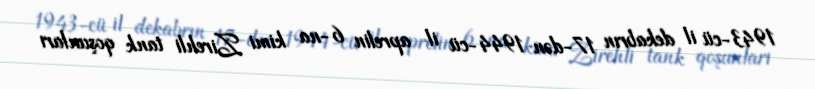
1943-cü il dekabrın 17-dən 1944-cü il aprelin 6-na kimi Zirehli tank qoşunları